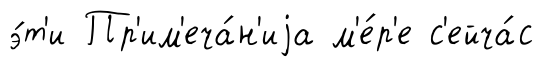
э́т'и Пр'им'еча́н'иjа м'е́р'е с'ейча́с